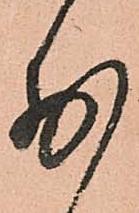
前